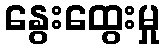
နွေးထွေးမှု